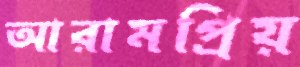
আরামপ্রিয়